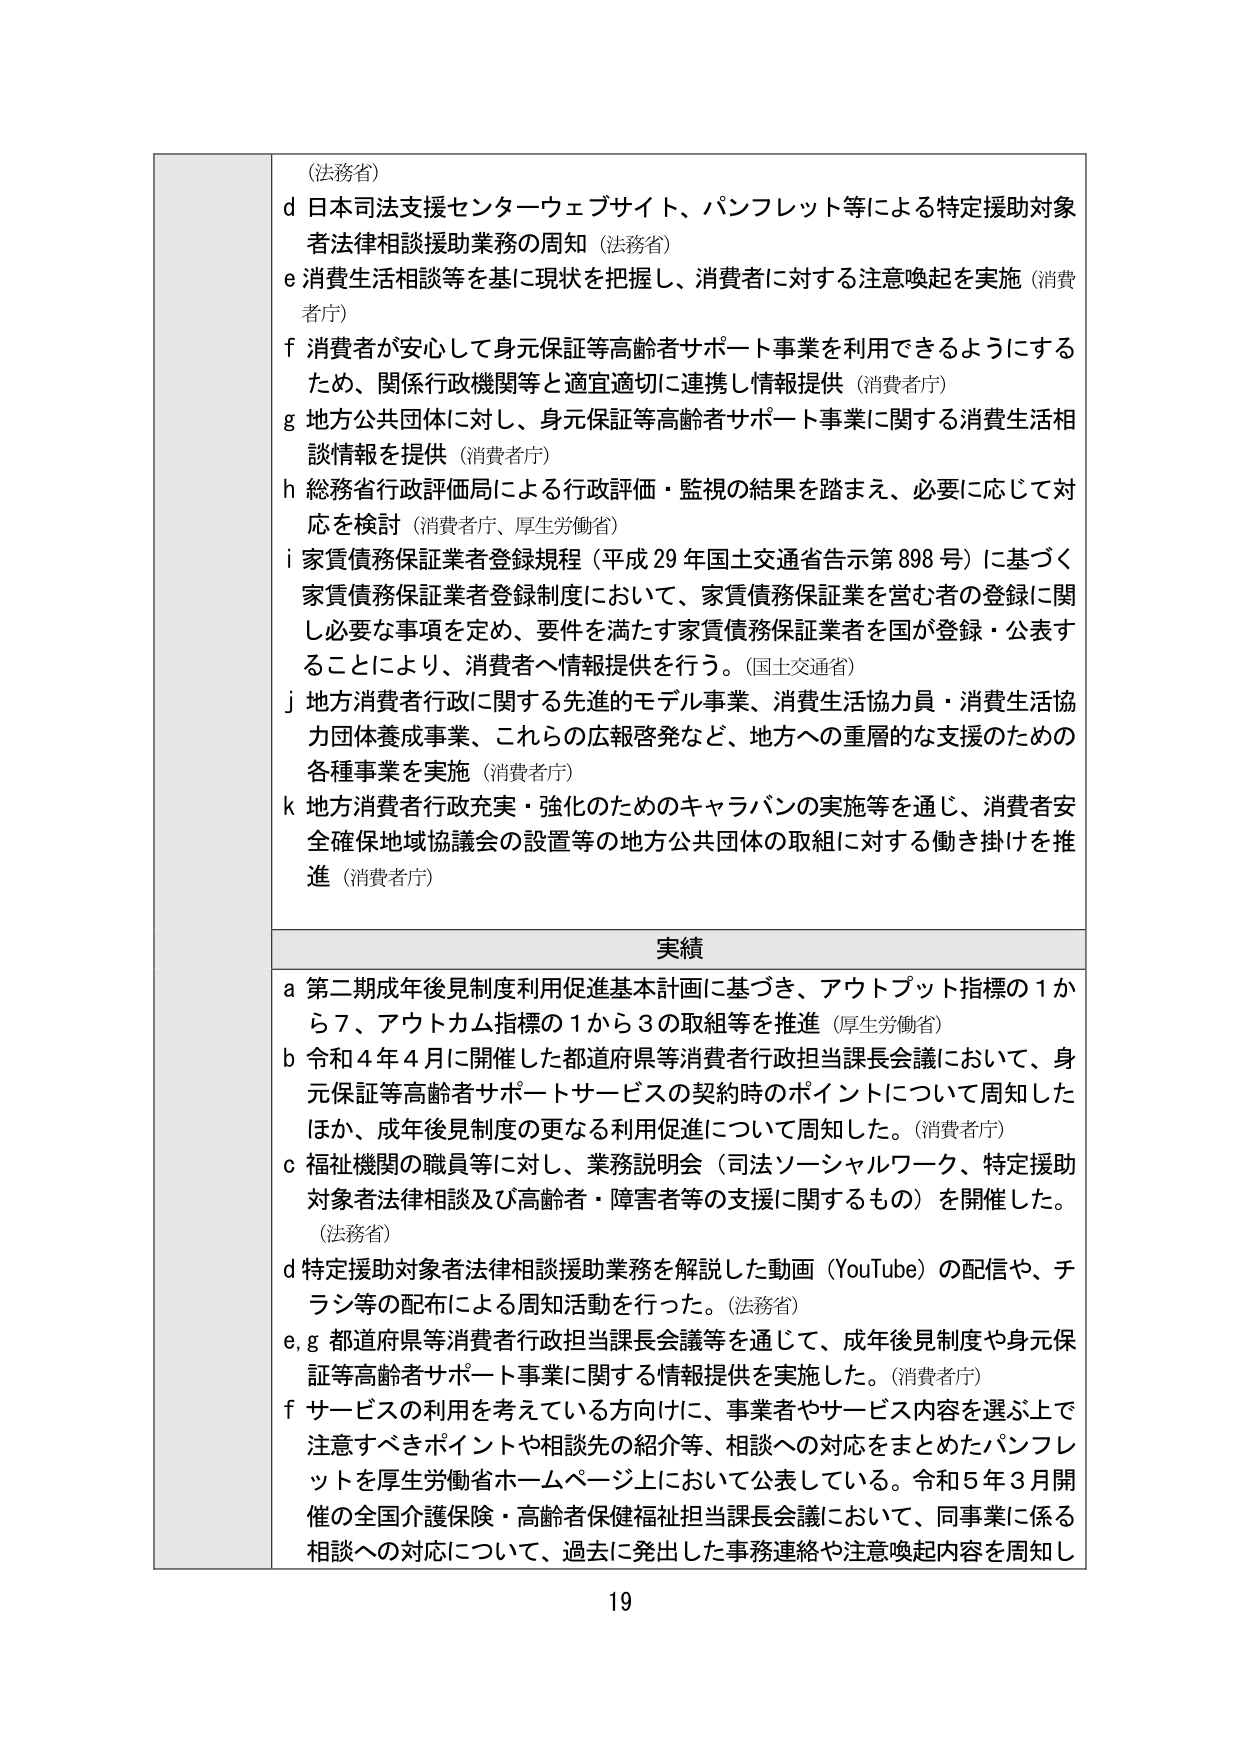
(法務省)
d 日本司法支援センターウェブサイト、パンフレット等による特定援助対象者法律相談援助業務の周知（法務省）
e 消費生活相談等を基に現状を把握し、消費者に対する注意喚起を実施（消費者庁）
f 消費者が安心して身元保証等高齢者サポート事業を利用できるようにするため、関係行政機関等と適宜適切に連携し情報提供（消費者庁）
g 地方公共団体に対し、身元保証等高齢者サポート事業に関する消費生活相談情報を提供（消費者庁）
h 総務省行政評価局による行政評価・監視の結果を踏まえ、必要に応じて対応を検討（消費者庁、厚生労働省）
i 家賃債務保証業者登録規程（平成29年国土交通省告示第898号）に基づく家賃債務保証業者登録制度において、家賃債務保証業を営む者の登録に関し必要な事項を定め、要件を満たす家賃債務保証業者を国が登録・公表することにより、消費者へ情報提供を行う。（国土交通省）
j 地方消費者行政に関する先進的モデル事業、消費生活協力員・消費生活協力団体養成事業、これらの広報啓発など、地方への重層的な支援のための各種事業を実施（消費者庁）
k 地方消費者行政充実・強化のためのキャラバンの実施等を通じ、消費者安全確保地域協議会の設置等の地方公共団体の取組に対する働き掛けを推進（消費者庁）

実績
a 第二期成年後見制度利用促進基本計画に基づき、アウトプット指標の1から7、アウトカム指標の1から3の取組等を推進（厚生労働省）
b 令和4年4月に開催した都道府県等消費者行政担当課長会議において、身元保証等高齢者サポートサービスの契約時のポイントについて周知したほか、成年後見制度の更なる利用促進について周知した。（消費者庁）
c 福祉機関の職員等に対し、業務説明会（司法ソーシャルワーク、特定援助対象者法律相談及び高齢者・障害者等の支援に関するもの）を開催した。（法務省）
d 特定援助対象者法律相談援助業務を解説した動画（YouTube）の配信や、チラシ等の配布による周知活動を行った。（法務省）
e, g 都道府県等消費者行政担当課長会議等を通じて、成年後見制度や身元保証等高齢者サポート事業に関する情報提供を実施した。（消費者庁）
f サービスの利用を考えている方向けに、事業者やサービス内容を選ぶ上で注意すべきポイントや相談先の紹介等、相談への対応をまとめたパンフレットを厚生労働省ホームページ上において公表している。令和5年3月開催の全国介護保険・高齢者保健福祉担当課長会議において、同事業に係る相談への対応について、過去に発出した事務連絡や注意喚起内容を周知し

19